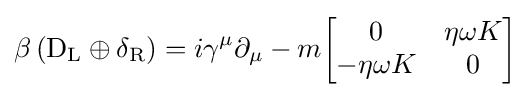
\beta \left(\mathrm {D} _{\rm {L}}\oplus \delta _{\rm {R}}\right)=i\gamma ^{\mu }\partial _{\mu }-m{\begin{bmatrix}0&\eta \omega K\\-\eta \omega K&0\end{bmatrix}}